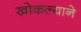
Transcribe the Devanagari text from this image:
खोकल्याने